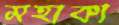
মহাকা